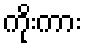
ကိုးကား